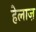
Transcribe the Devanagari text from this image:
हेलाज़